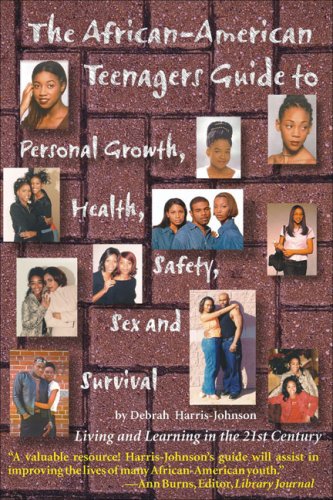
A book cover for The African-American Teenagers Guide to Personal Growth, Health, Safety, Sex and; Debrah Harris-Johnson; Teen & Young Adult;